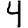
Digit: 4